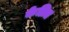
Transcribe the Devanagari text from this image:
केन्रित